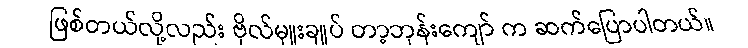
ဖြစ်တယ်လို့လည်း ဗိုလ်မှူးချုပ် တာ့ဘုန်းကျော် က ဆက်ပြောပါတယ်။